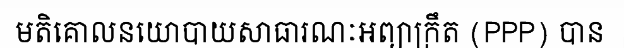
មតិគោលនយោបាយសាធារណៈអព្យាក្រឹត (PPP) បាន